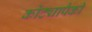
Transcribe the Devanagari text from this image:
कोट्यापैकी